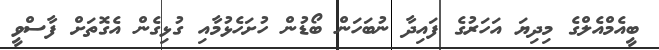
ބީއެމްއެލްގެ މިދިޔަ އަހަރުގެ ފައިދާ ނުބަހަން ބޯޑުން ހުށަހެޅުމާއި ގުޅިގެން އެގޮތަށް ފާސްވީ